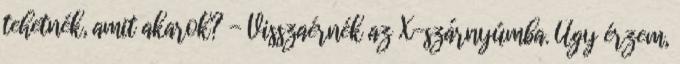
tehetnék, amit akarok? - Visszaérnék az X-szárnyúmba. Úgy érzem,